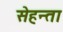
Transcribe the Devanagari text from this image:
सेहन्‍ता